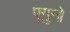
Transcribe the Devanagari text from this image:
एगुनो